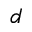
d